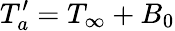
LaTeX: {T_{a}^{\prime}}=T_{\infty}+B_{0}